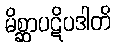
မိစ္ဆာပဋိပဒါတိ